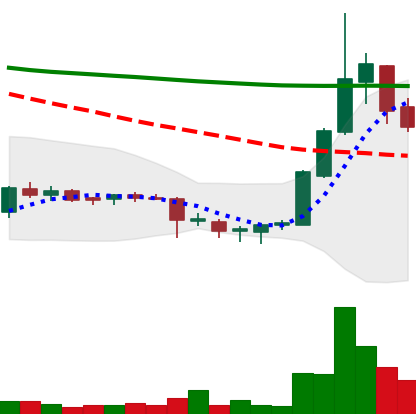
Ticker: DOGE-USD
Chart end date: 2018-07-21
Forward return: 3.761%
Label: up_3_5